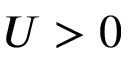
U > 0